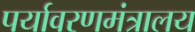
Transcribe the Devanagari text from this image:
पर्यावरणमंत्रालय